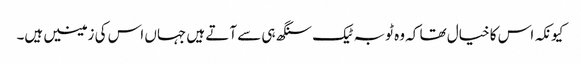
کیونکہ اس کا خیال تھا کہ وہ ٹوبہ ٹیک سنگھ ہی سے آتے ہیں جہاں اس کی زمینیں ہیں۔